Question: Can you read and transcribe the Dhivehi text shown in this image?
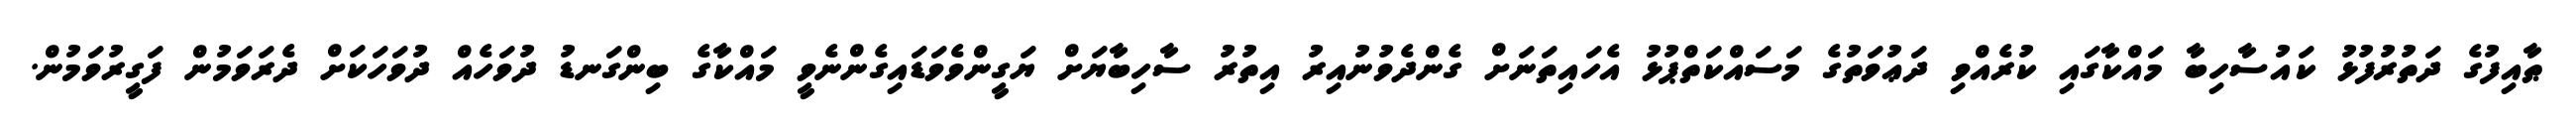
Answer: ޠާއިފުގެ ދަތުރުފުޅު ކައުސާހިބާ މައްކާގައި ކުރެއްވި ދަޢުވަތުގެ މަސައްކަތްޕުޅު އެހައިތަނަށް ގެންދެވުނުއިރު އިތުރު ސާހިބާޔަށް ޔަގީންވެވަޑައިގެންނެވީ މައްކާގެ ބިންގަނޑު ދުވަހެއް ދުވަހަކަށް ދެރަވަމުން ފަގީރުވަމުން.